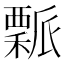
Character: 𥢝